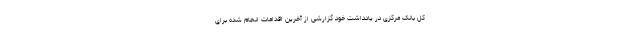
کل بانک مرکزی در یادداشت خود گزارشی از آخرین اقدامات انجام شده برای